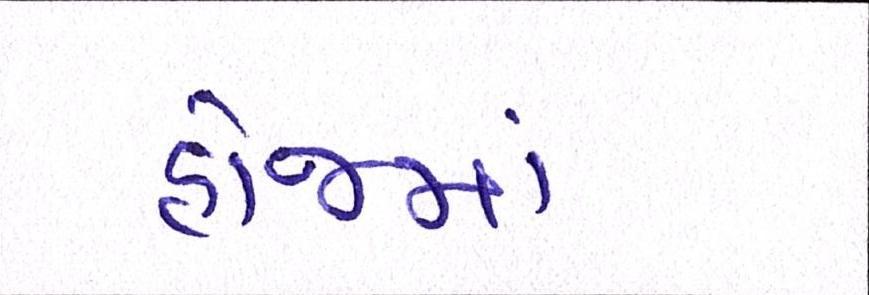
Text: હોજમાં